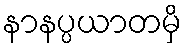
နာနပ္ပယာတမှိ